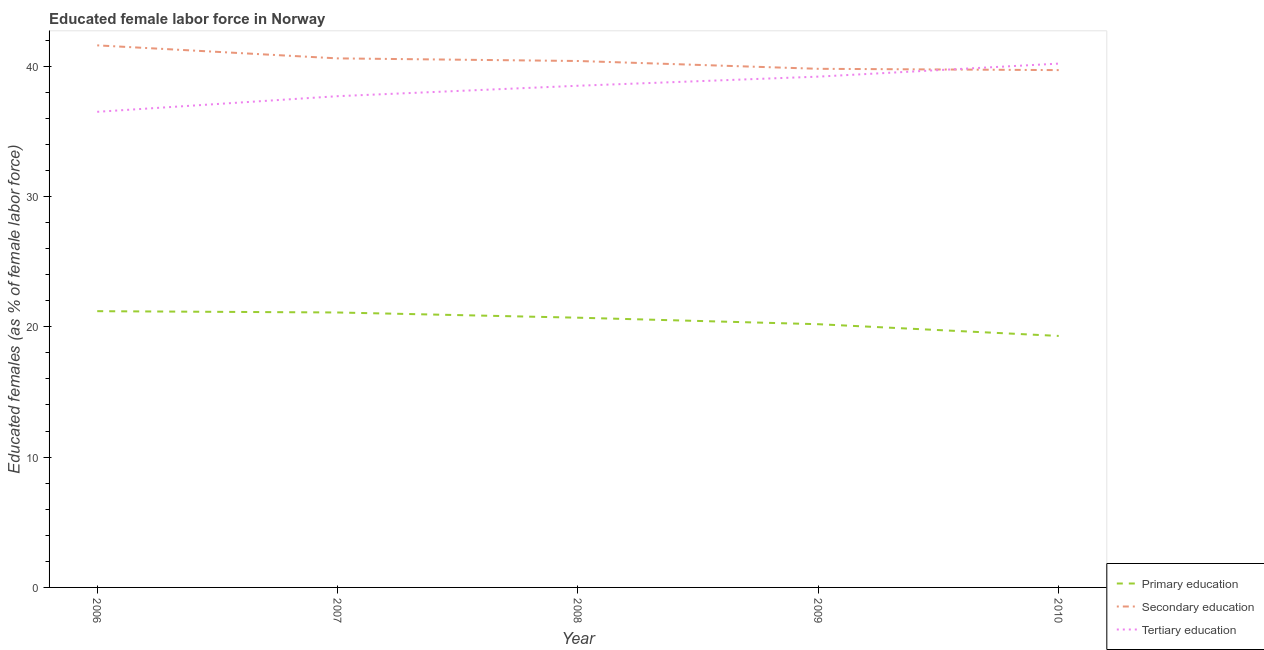
| Year | Primary education | Secondary education | Tertiary education |
 | --- | --- | --- | --- |
 | 2006 | 21.2 | 41.6 | 36.5 |
 | 2007 | 21.1 | 40.6 | 37.7 |
 | 2008 | 20.7 | 40.4 | 38.5 |
 | 2009 | 20.2 | 39.8 | 39.2 |
 | 2010 | 19.3 | 39.7 | 40.2 |